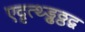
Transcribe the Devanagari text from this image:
एदृत्थ्ड्ढठ्ठद्व